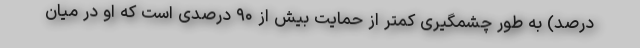
درصد) به طور چشمگیری کمتر از حمایت بیش از ۹۰ درصدی است که او در میان